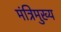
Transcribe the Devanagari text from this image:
मंत्रिमुख्य